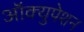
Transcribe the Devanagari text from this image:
आॅक्युपेशन